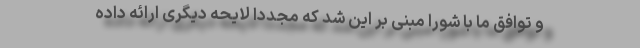
و توافق ما با شورا مبنی بر این شد که مجددا لایحه دیگری ارائه داده